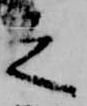
之